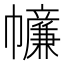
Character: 𢅳